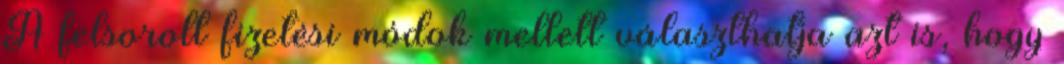
A felsorolt fizetési módok mellett választhatja azt is, hogy